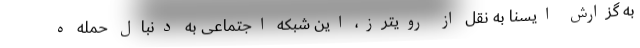
به گزارش ایسنا به نقل از رویترز، این شبکه اجتماعی به دنبال حمله ه